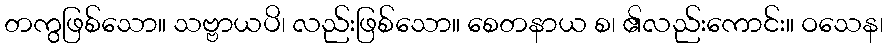
တကွဖြစ်သော။ သဗ္ဗာယပိ၊ လည်းဖြစ်သော။ စေတနာယ စ၊ ၏လည်းကောင်း။ ဝသေန၊